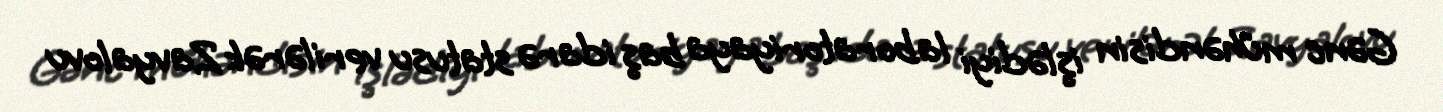
Gənc mühəndisin işlədiyi laboratoriyaya baş idarə statusu verilərək Zavyalovu